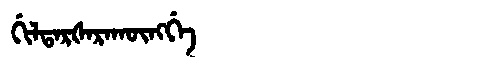
Manchu: ᡤᡳᠯᡨᠠᡵᡧᠠᡵᠠᡴᡡᠩᡤᡝ
Romanization: GILTARŠARAKŪNGGE